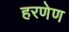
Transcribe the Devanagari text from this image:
हरणेण